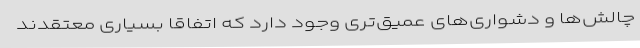
چالش‌ها و دشواری‌های عمیق‌تری وجود دارد که اتفاقاً بسیاری معتقدند